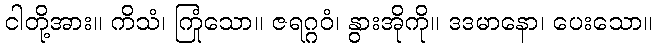
ငါတို့အား။ ကိသံ၊ ကြုံသော။ ဇရဂ္ဂဝံ၊ နွားအိုကို။ ဒဒမာနော၊ ပေးသော။